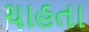
ચાહતા